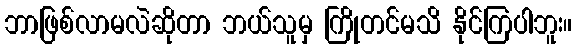
ဘာဖြစ်လာမလဲဆိုတာ ဘယ်သူမှ ကြိုတင်မသိ နိုင်ကြပါဘူး။